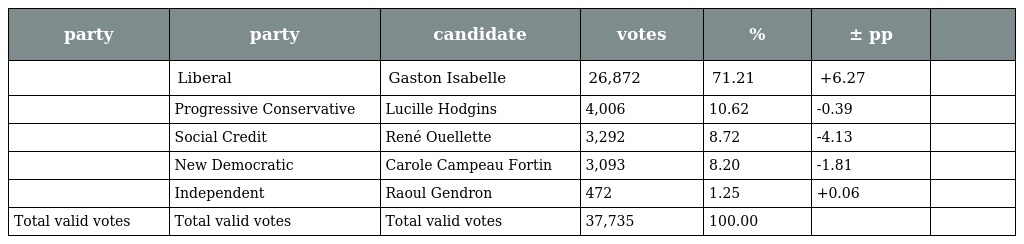
| party | party | candidate | votes | % | ± pp |  |
 | --- | --- | --- | --- | --- | --- | --- |
 |  | Liberal | Gaston Isabelle | 26,872 | 71.21 | +6.27 |  |
 |  | Progressive Conservative | Lucille Hodgins | 4,006 | 10.62 | -0.39 |  |
 |  | Social Credit | René Ouellette | 3,292 | 8.72 | -4.13 |  |
 |  | New Democratic | Carole Campeau Fortin | 3,093 | 8.20 | -1.81 |  |
 |  | Independent | Raoul Gendron | 472 | 1.25 | +0.06 |  |
 | Total valid votes | Total valid votes | Total valid votes | 37,735 | 100.00 |  |  |